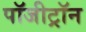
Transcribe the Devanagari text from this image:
पॉजीट्रॉन